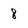
Character: 8